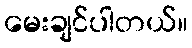
မေးချင်ပါတယ်။